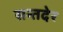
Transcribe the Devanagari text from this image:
सन्तदेर